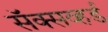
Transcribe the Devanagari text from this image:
सॅक्सव्हर्ड